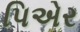
પિએર